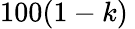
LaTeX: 100(1-k)\